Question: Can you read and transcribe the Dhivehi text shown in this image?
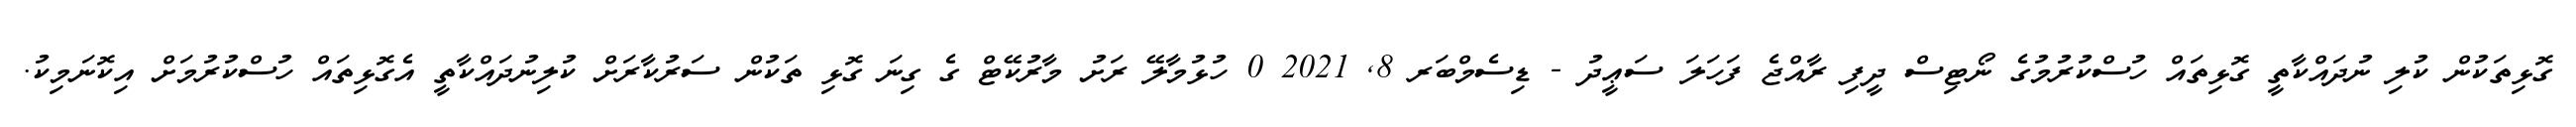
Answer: ގޮޅިތަކުން ކުލި ނުދައްކާތީ ގޮޅިތައް ހުސްކުރުމުގެ ނޯޓިސް ދީފި ރާއްޖެ ފަހަލަ ސަޢީދު - ޑިސެމްބަރ 8, 2021 0 ހުޅުމާލޭ ރަށު މާރުކޭޓް ގެ ގިނަ ގޮޅި ތަކުން ސަރުކާރަށް ކުލިނުދައްކާތީ އެގޮޅިތައް ހުސްކުރުމަށް އިކޮނަމިކު.